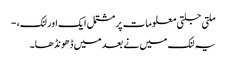
ملتی جلتی معلومات پر مشتمل ایک اور لنک، -
یہ لنک میں نے بعد میں ڈھونڈھا۔